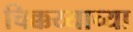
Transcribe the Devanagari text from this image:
चिक्कय्याच्या